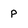
Character: P